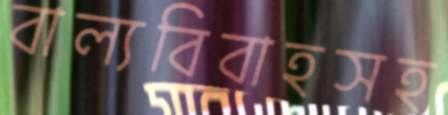
বাল্যবিবাহসহ